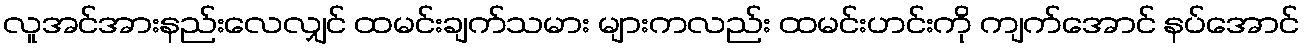
လူအင်အားနည်းလေလျှင် ထမင်းချက်သမား များကလည်း ထမင်းဟင်းကို ကျက်အောင် နပ်အောင်